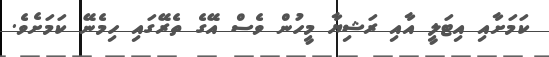
ކަމަށާއި އިޓަލީ އާއި ރަޝިޔާ މީހުން ވެސް އޭގެ ތެރޭގައި ހިމެނޭ ކަމަށެވެ.